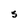
Character: S